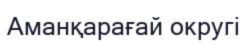
Аманқарағай округі